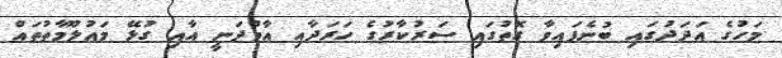
މަހުގެ އަދަދުގައި ބުނެފައިވާ ގޮތުގައި ސަރުކާރުގެ ހަރަދާއި އާމްދަނީ އާއި ގުޅޭ މައުލޫމާތުތައް